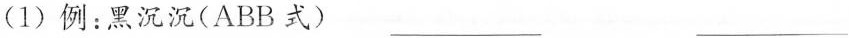
(1)例：黑沉沉(ABB式) ___ ___